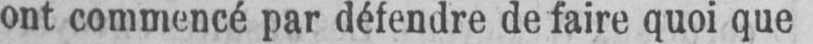
ont commencé par défendre de faire quoi que